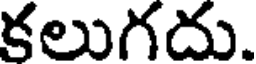
కలుగదు.